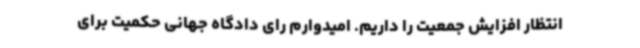
انتظار افزایش جمعیت را داریم. امیدوارم رای دادگاه جهانی حکمیت برای